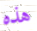
هذه